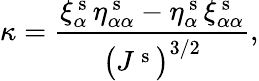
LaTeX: \kappa=\frac{\xi_{\alpha}^{\mathrm{~s~}}\eta_{\alpha\alpha}^{\mathrm{~s~}}-\eta_{\alpha}^{\mathrm{~s~}}\xi_{\alpha\alpha}^{\mathrm{~s~}}}{\big(J^{\mathrm{~s~}}\big)^{3/2}},